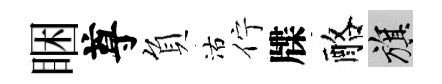
睏尊負沽佇牒酪旗